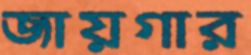
জায়গার